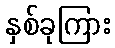
နှစ်ခုကြား